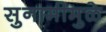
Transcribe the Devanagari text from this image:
सुनामीमुळे